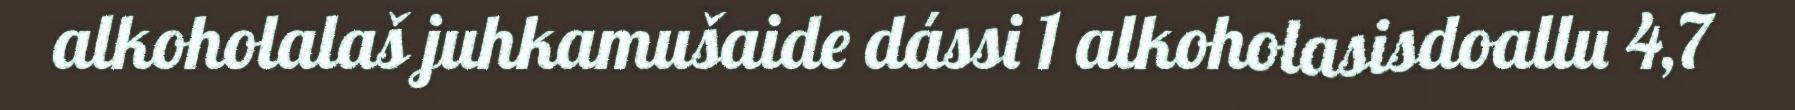
alkoholalaš juhkamušaide dássi 1 alkoholasisdoallu 4,7